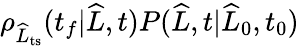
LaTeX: \rho_{\widehat{L}_{\mathrm{ts}}}(t_{f}|\widehat{L},t)P(\widehat{L},t|\widehat{L}_{0},t_{0})